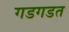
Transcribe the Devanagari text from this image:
गडगडत